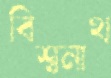
বিশ্বনাথ